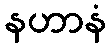
နဟာနံ